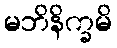
မဘိနိက္ခမိ